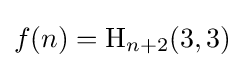
f(n)={\text{H}}_{n+2}(3,3)